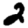
Digit: 2